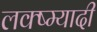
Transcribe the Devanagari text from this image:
लक्ष्म्यादी